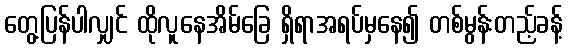
တွေ့ပြန်ပါလျှင် ထိုလူနေအိမ်ခြေ ရှိရာအရပ်မှနေ၍ တစ်မွန်းတည့်ခန့်